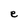
Character: e